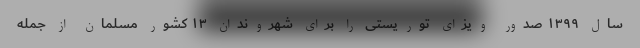
سال ۱۳۹۹ صدور ویزای توریستی را برای شهروندان ۱۳ کشور مسلمان از جمله